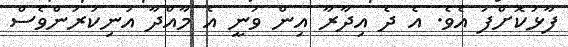
ފާޅުކޮށްފަ އެވެ. އެ ދެ އިދާރާ އިން ވަނީ އެ މާއްދާ އުނިކުރަންވެސް